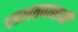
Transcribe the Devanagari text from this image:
दहशतवाद्यानी